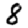
Digit: 8